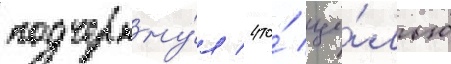
подчеркну́л / что́ це́лью